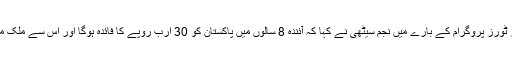
2015ء سے 2023ء تک کے اگلے فیوچر ٹورز پروگرام کے بارے میں نجم سیٹھی نے کہا کہ آئندہ 8 سالوں میں پاکستان کو 30 ارب روپے کا فائدہ ہوگا اور اس سے ملک میں کرکٹ کے کھیل کو مزید فروغ ملے گا۔